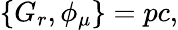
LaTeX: \{ G_{r},\phi_{\mu}\} =pc,